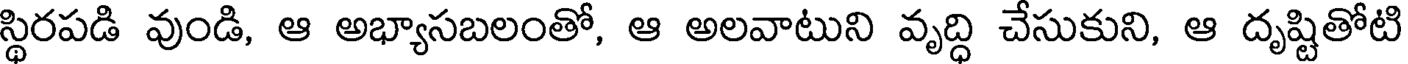
స్థిరపడి వుండి, ఆ అభ్యాసబలంతో, ఆ అలవాటుని వృద్ధి చేసుకుని, ఆ దృష్టితోటి